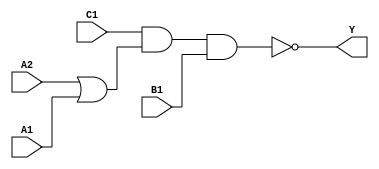
module sky130_fd_sc_ls__o211ai_3 (
    Y ,
    A1,
    A2,
    B1,
    C1
);
    output Y ;
    input  A1;
    input  A2;
    input  B1;
    input  C1;
    wire or0_out    ;
    wire nand0_out_Y;
    or   or0   (or0_out    , A2, A1         );
    nand nand0 (nand0_out_Y, C1, or0_out, B1);
    buf  buf0  (Y          , nand0_out_Y    );
endmodule